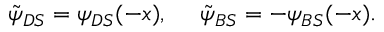
\begin{array} { r } { \tilde { \psi } _ { D S } = \psi _ { D S } ( - x ) , ~ ~ ~ ~ \tilde { \psi } _ { B S } = - \psi _ { B S } ( - x ) . } \end{array}